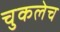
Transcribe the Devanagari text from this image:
चुकलेच